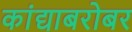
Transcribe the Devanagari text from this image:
कांद्याबरोबर